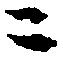
ニ